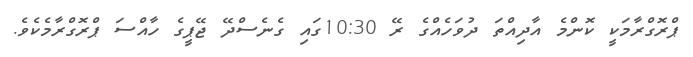
ޕްރޮގްރާމަކީ ކޮންމެ އާދިއްތަ ދުވަހެއްގެ ރޭ 10:30ގައި ގެނެސްދޭ ޖޭޕީގެ ހާއްސަ ޕްރޮގްރާމެކެވެ.